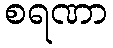
စရဏာ